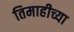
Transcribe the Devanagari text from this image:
तिमाहीच्या